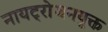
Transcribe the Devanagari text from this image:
नायट्रोजनयुक्त